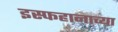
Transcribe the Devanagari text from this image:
इस्फहानाच्या